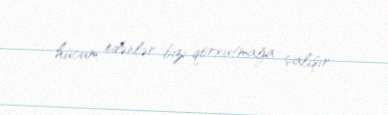
hücum edənlər bizi qorxutmağa çalışır.